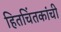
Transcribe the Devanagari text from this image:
हितचिंतकांची